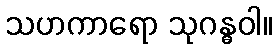
သဟကာရော သုဂန္ဓဝါ။